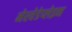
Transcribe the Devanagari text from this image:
मेरवेडेप्लेइन